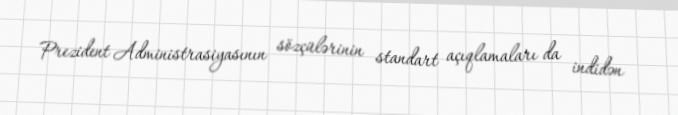
Prezident Administrasiyasının sözçülərinin standart açıqlamaları da indidən